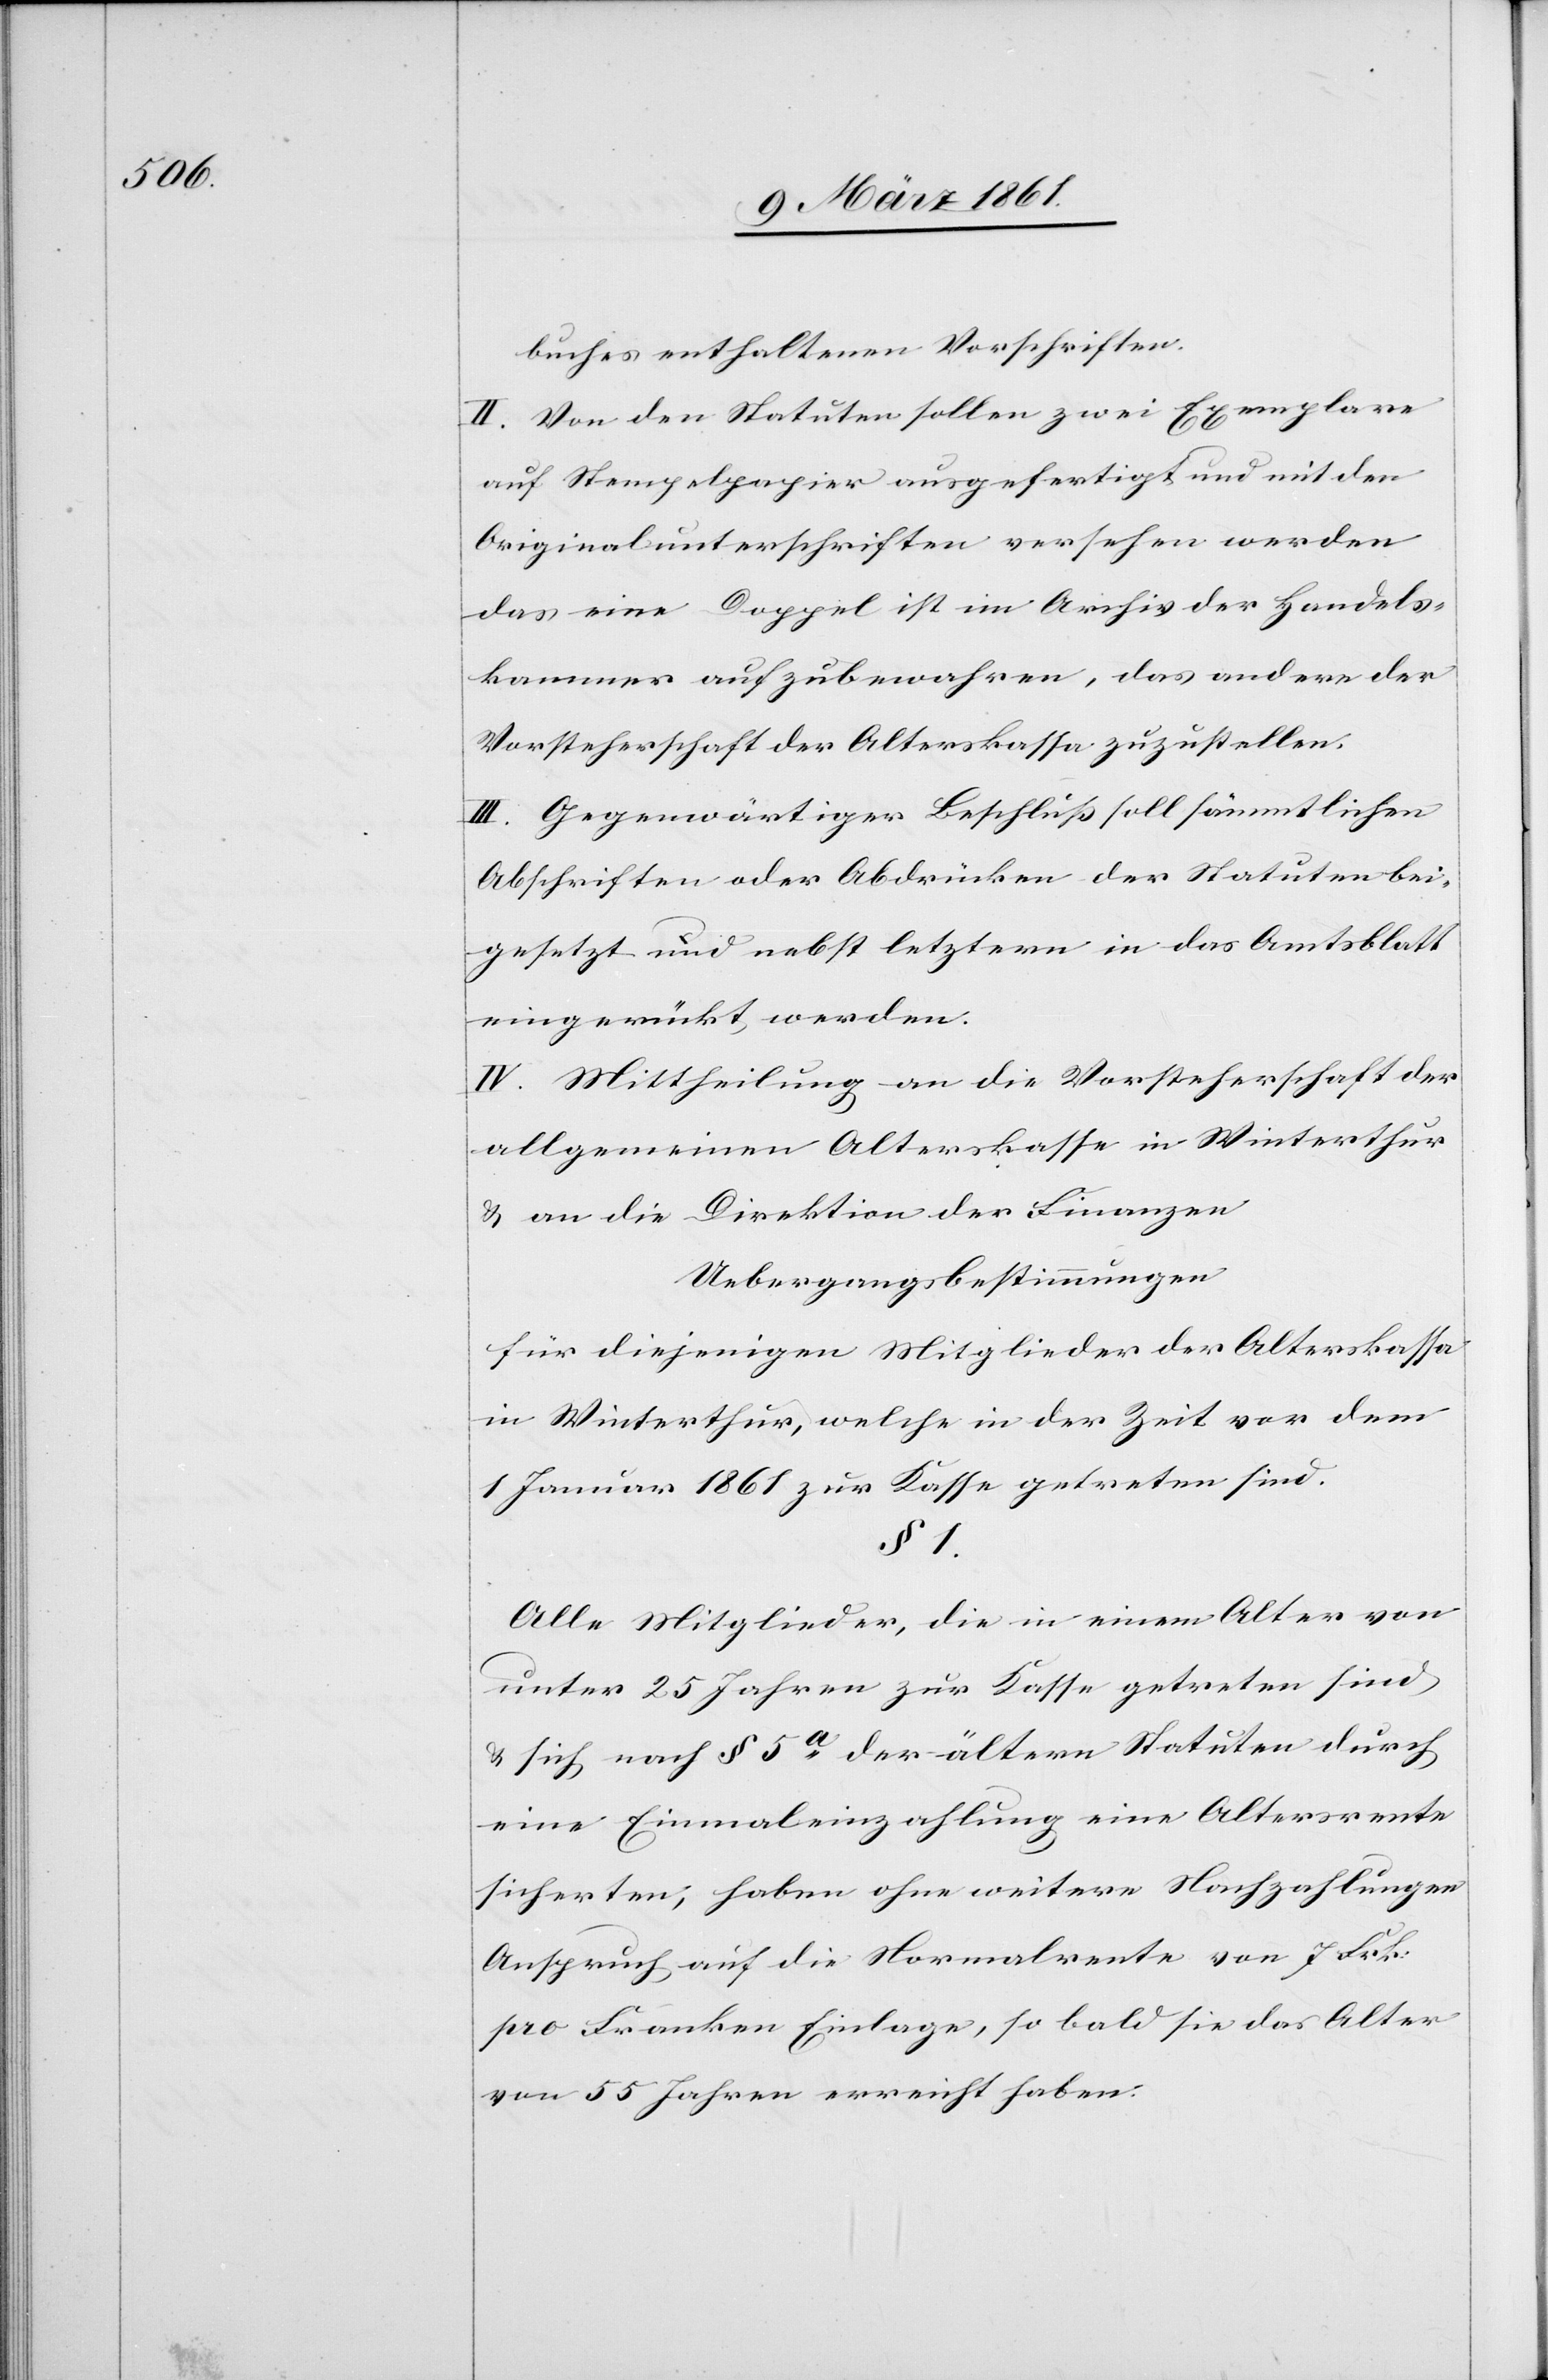
buches enthaltenen Vorschriften.
II. Von den Statuten sollen zwei Exemplare
auf Stempelpapier ausgefertigt und mit den
Originalunterschriften versehen werden
das eine Doppel ist im Archiv der Handels¬
kammer aufzubewahren, das andere der
Vorsteherschaft der Alterskassa zuzustellen.
III. Gegenwärtiger Beschluß soll sämmtlichen
Abschriften oder Abdrücken der Statuten bei¬
gesetzt und nebst letztern in das Amtsblatt
eingerückt werden.
IV. Mittheilung an die Vorsteherschaft der
allgemeinen Alterskasse in Winterthur
u. an die Direktion der Finanzen.
Uebergangsbestimmungen
für diejenigen Mitglieder der Alterskassa
in Winterthur, welche in der Zeit vor dem
1. Januar 1861 zur Kasse getreten sind.
§ 1
Alle Mitglieder, die in einem Alter von
unter 25 Jahren zur Kasse getreten sind
u. sich nach § 5a der ältern Statuten durch
eine Einmaleinzahlung eine Altersrente
sicherten, haben ohne weitere Nachzahlungen
Anspruch auf die Normalerente von 7 Frk:
pro Franken Einlage, so bald sie das Alter
von 55 Jahren erreicht haben.